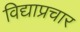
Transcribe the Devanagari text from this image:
विद्याप्रचार